Scottish Leaving Certificate Examination, 1955
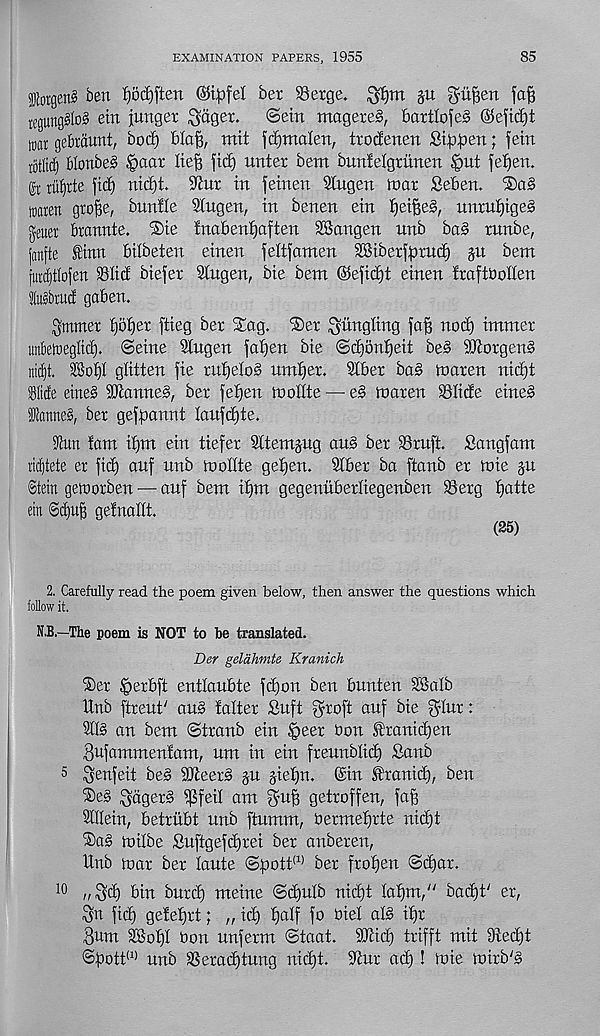
EXAMINATION PAPERS, 1955
85
forgenS ben J)otf)ften ©ipfel ber Serge,
p gu^en fafi
iegung§lo§ etn jitnger ^ager.
©ein magere§, bartlofeS ©eftd)t
toflr gebraunt, bod) Waft, mit fc^mden, trodenen Si^)|)en; fern
rotliif) blonbeS §aar Iie| fid) unter bent bndelgrunen feut feigen.
rii^rte fid) nid)t. S'iur in feinen Slugen roar £eben.
traien grofge, bunfle Slugen, in benen ein tieiffeS, unruljiges
geuer Brannte. ®ie fnabenfgaften SBangen unb ba§ runbe,
(anfte Sinn bilbeten einen feltfanten SSiberfprud) jn bent
furditiofen Slid biefer 3lugen, bie bent ©efid)t einen Iraftboden
5lu§bruif gaben.
gmmer fjblgex ftieg ber SLag. ®er ^tingling fa^ nod) intmer
unklreglid). Seine Slugen falgen bie Sdgonlgeit be§ SOiorgenS
ntcE)t. SBof)I glitten fie rnlgeloS untf)er. SIber bag toaren nid)t
Slide eineg Sianneg, ber feigen goodie — eg toaren Slide eineg
lanneg, ber gefgiannt lanfc^te.
3Iun fant il)m ein tiefer SItemgug aug ber Srnft. Sangfant
ridjtete er fid) anf nnb toollte ge^en. 3lber ba ftanb er toie gu
Stein geioorben — anf bent if)tn gegenitberliegenben Serg f)atte
etn @cf)u^ geinadt.
(25)
2. Carefully read the poem given below, then answer the questions which
follow it.
N.B.—The poem is NOT to be translated.
Der gelahmte Kranich
i&er tperbft entlaubte fdjon ben bunten SBalb
Unb ftreut' ang falter Sufi groft anf bie $Iut:
?II§ an bent Stranb ein §eer non Jfranidgen
Sufantmenfant, nm in ein freunblidg Sanb
5 Senfeit beg DJieerg jn gielgn. ©in franid), ben
®eg Qagerg idfeil ant gdff getroffen, faff
9IIIein, beiritbi nnb ftumm, hennelgrte nidjt
Sag toilbe Suftgefdgrei ber anberen,
Itnb mar ber lante ©pott (1) ber frozen ©dgar.
10
n Sdg bin burdg nteine ©dgulb nidjt lafjm/' bad)t' er,
Sn fid) gefefjrt; „ id) ^alf fo trie! alg ifjr
8hnt £8of)I bon unfernt ©taat. SKid) trifft mit 9tec^t
©t)ott (1) unb Seradgtung nid)t. S^ur ad)! mie mtrb'g